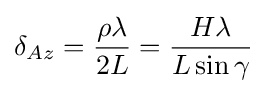
\delta _{Az}={\frac {\rho \lambda }{2L}}={\frac {H\lambda }{L\sin \gamma }}